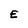
Character: E